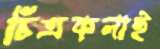
চিত্রকলাই